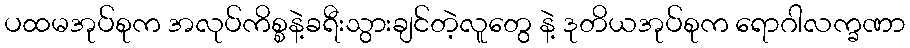
ပထမအုပ်စုက အလုပ်ကိစ္စနဲ့ခရီးသွားချင်တဲ့လူတွေ နဲ့ ဒုတိယအုပ်စုက ရောဂါလက္ခဏာ